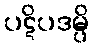
ပဋိပဒမ္ပိ